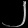
Digit: ၂